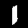
Digit: 1